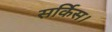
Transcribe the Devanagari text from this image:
सर्किस।